Riigikantselei, lk 107
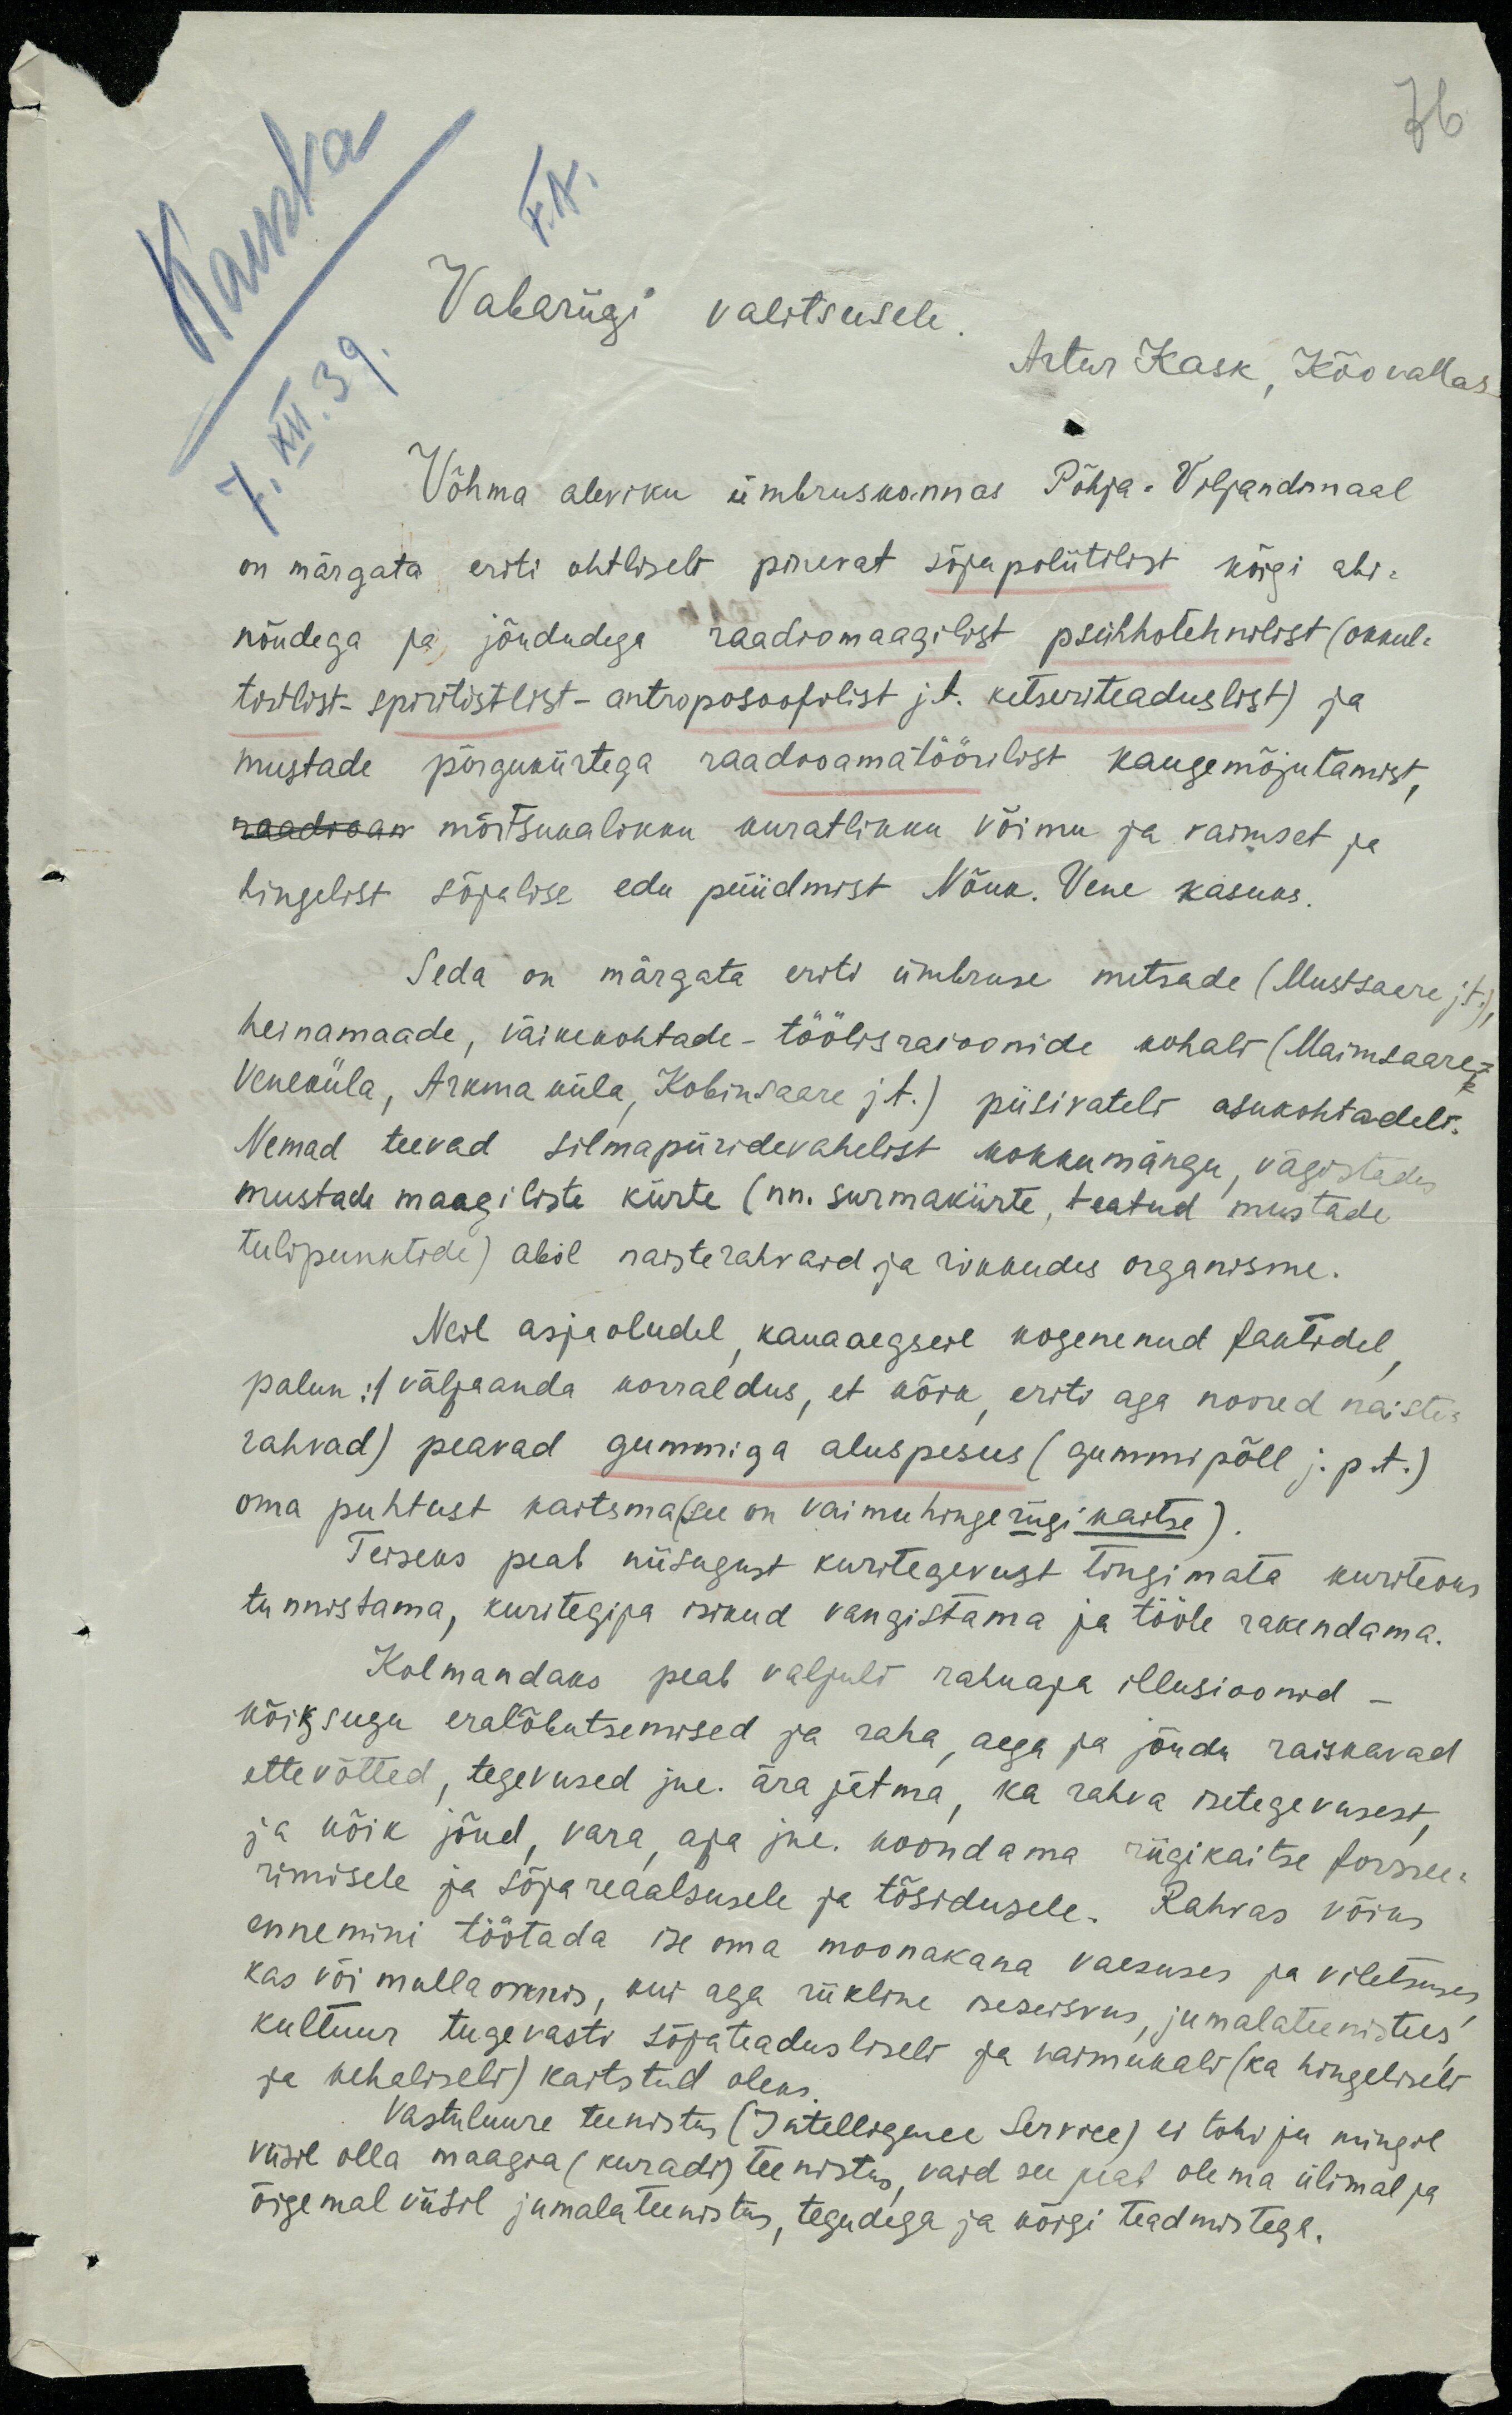
Vabariigi valitsusele.
Artur Kask, Kõo vallas
Võhma aleviku ümbruskonnas Põhja-Viljandmaal
on märgata eriti ohtliselt pinevat sõjapoliitlist kõigi abi-
nõudega ja jõududega raadiomaagilist psühhotehnilist (okkul-
tistlist-spiritistlist-antroposoofilist j.t. ketseriteaduslist) ja
mustade põrgukiirtega raadioamatöörilist kaugemõjutamist,
raadioam mõrtsukalikku kuratlikku võimu ja vaimset ja
hingelist sõjalise edu püüdmist Nõuk. Vene kasuks.
Seda on märgata eriti ümbruse metsade (Mustsaare jt.)
heinamaade, väikekohtade-töölisraioonide kohalt (Maimsaare-
Veneküla, Arkma küla, Kobinsaare jt.) püsivatelt asukohtadelt.
Nemad teevad silmapiiridevahelist kokkumängu vägistades
mustade maagiliste kiirte (nn. surmakiirte, teatud mustade
tulipunktide) abil naisterahvaid ja rikkudes organisme.
Neil asjaoludel, kauaaegseil kogenenud faktidel
palun: 1 välja anda korraldus, et kõik eriti aga noored naiste-
rahvad) peavad gummiga aluspesus (gummipõll j.p.t.)
oma puhtust kaitsma (see on vaimuhinge riigikaitse).
Teiseks peab niisugust kuritegevust tingimata kuriteoks
tunnistama, kuritegija isikud vangistama ja tööle rakendama.
Kolmandaks peab valjult rahuaja illusioonid –
kõiksugu eralõbutsemised ja raha, aega ja jõudu raiskavad
ettevõtted, tegevused jne. ära jätma, ka rahva isetegevusest
ja kõik jõud, vara, aja jne. koondama riigikaitse forssee-
rimisele ja sõja reaalsusele ja tõsidusele. Rahvas võiks
ennemini töötada ise oma moonakana vaesuses ja viletsuses
kas või mulla onnis, kui aga riikline iseseisvus, jumalateenistus,
kultuur tugevasti sõjateadusliselt ja vaimukalt (ka hingeliselt
ja kehaliselt) kaitstud oleks
Vastuluure teenistus (Intelligence Service) ei tohi ju mingil
viisil olla maagia (kuradi) teenistus, vaid see peab olema ülimal ja
õigemal viisil jumalateenistus, tegudega ja kõigi teadmistega.